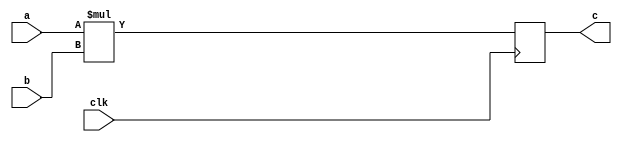
module sixbit (a, b, clk, c);
	input [5:0] a;
	input [5:0] b;
	input clk;
	output[11:0] c;
	
	reg [11:0]c;

always @ (posedge clk) begin
	c <= a*b;
end

endmodule